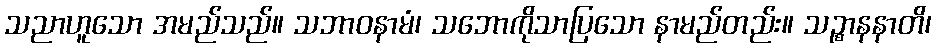
သညာဟူသော အမည်သည်။ သဘာဝနာမံ၊ သဘောကိုသာပြသော နာမည်တည်း။ သဉ္စာနနာတိ၊